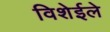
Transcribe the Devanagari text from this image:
विशेईले